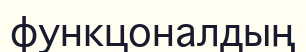
функцоналдың